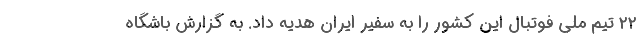
۲۲ تیم ملی فوتبال این کشور را به سفیر ایران هدیه داد. به گزارش باشگاه